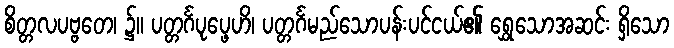
စိတ္တလပဗ္ဗတေ၊ ၌။ ပတ္တင်္ဂပုပ္ဖေဟိ၊ ပတ္တင်္ဂမည်သောပန်းပင်ငယ်၏ ရွှေသောအဆင်း ရှိသော